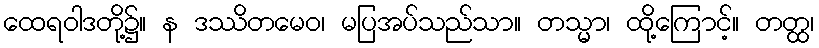
ထေရဝါဒတို့၌။ န ဒဿိတမေဝ၊ မပြအပ်သည်သာ။ တသ္မာ၊ ထို့ကြောင့်။ တတ္ထ၊